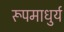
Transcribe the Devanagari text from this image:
रूपमाधुर्य